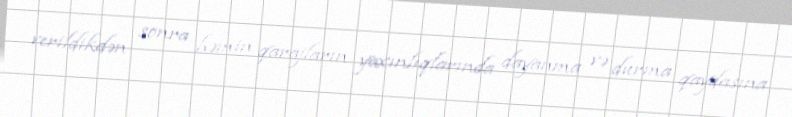
verildikdən sonra həmin qarajların yaxınlıqlarında dayanma və durma qaydasına